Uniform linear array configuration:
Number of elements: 32
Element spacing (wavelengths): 0.25
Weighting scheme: hamming
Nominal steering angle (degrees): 45
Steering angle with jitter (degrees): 45.103
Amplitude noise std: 0.05
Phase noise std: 0.05

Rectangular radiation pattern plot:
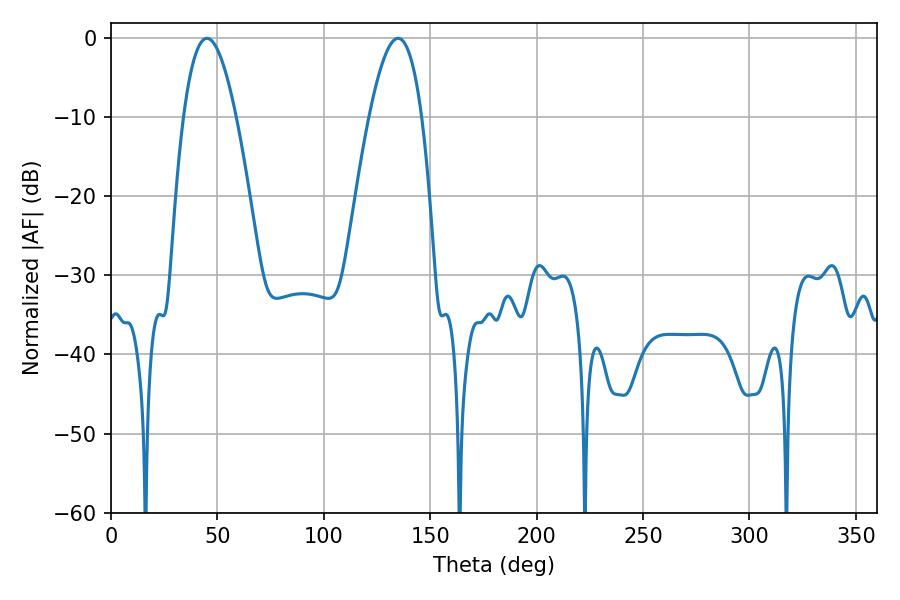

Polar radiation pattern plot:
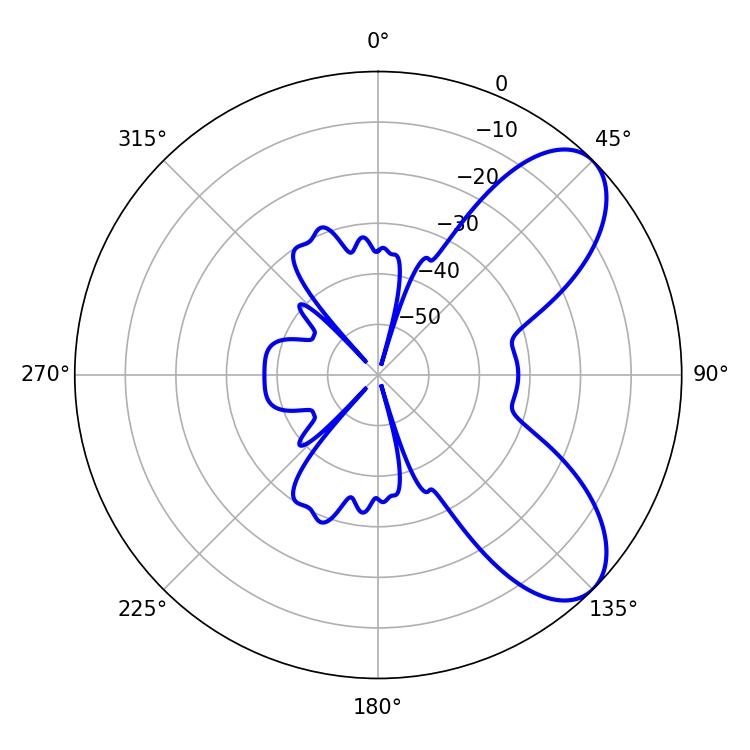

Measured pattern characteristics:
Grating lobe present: FALSE
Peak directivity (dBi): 7.408
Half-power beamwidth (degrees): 13.5
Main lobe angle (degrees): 45